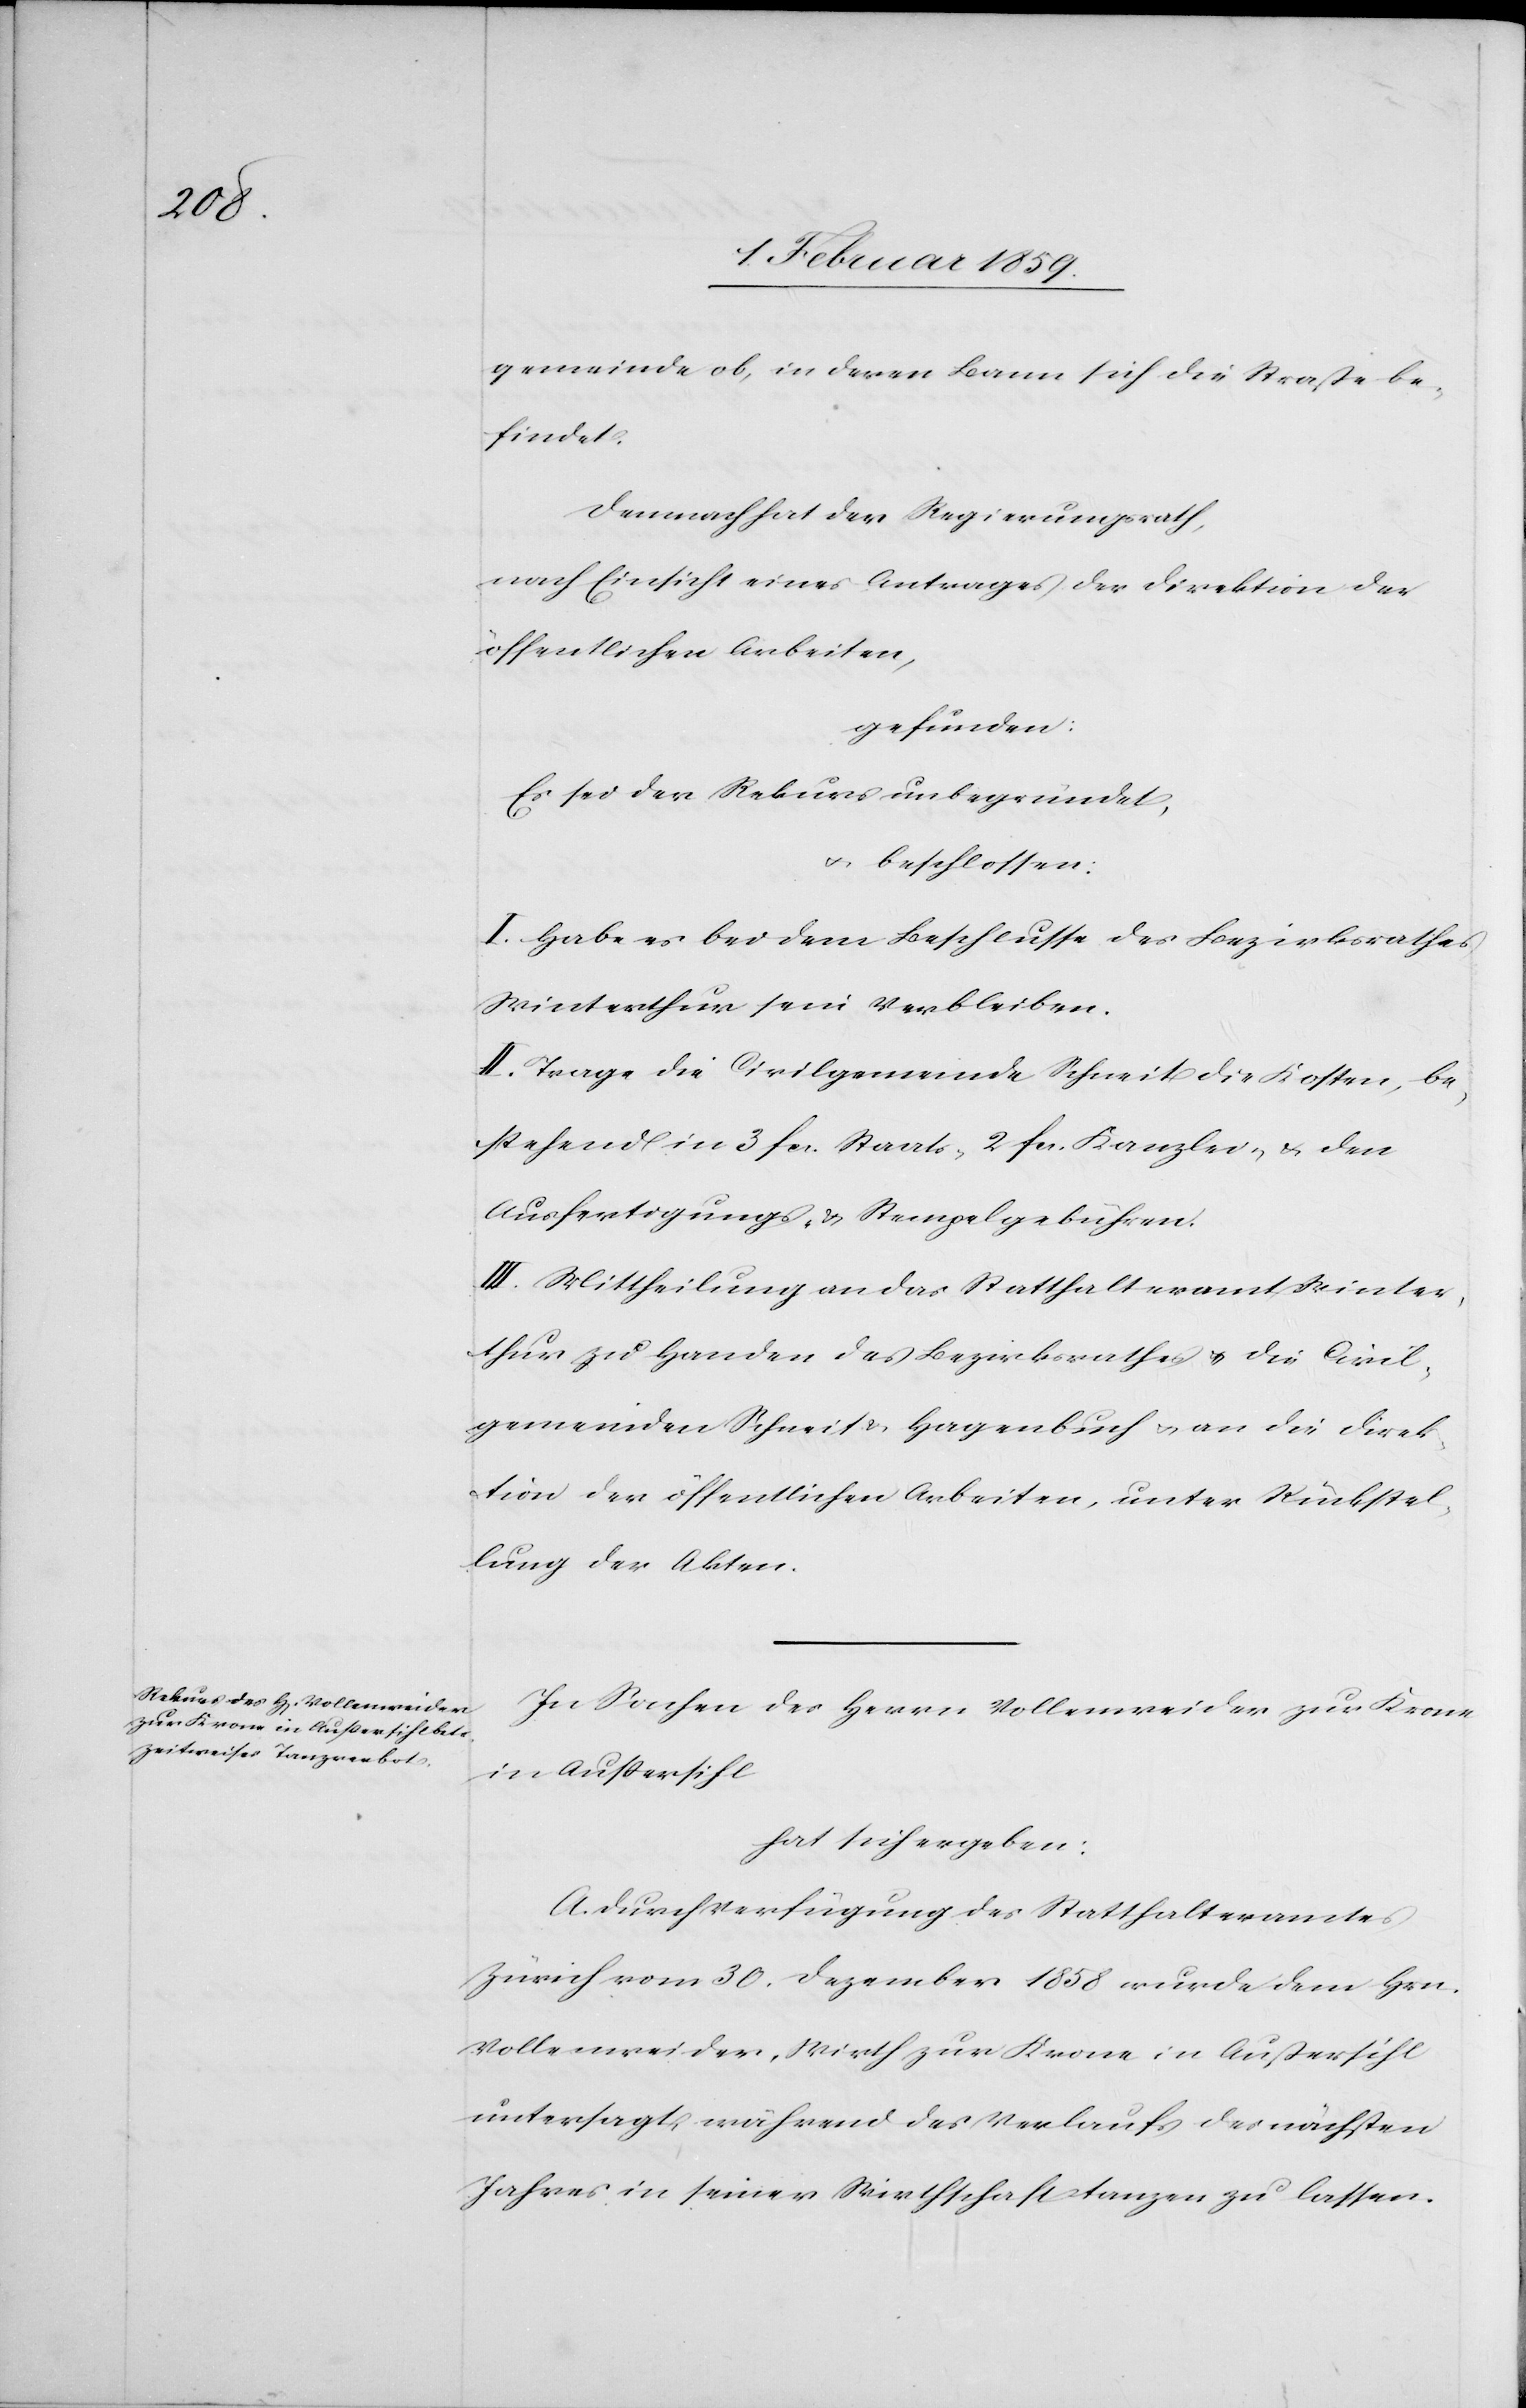
gemeinde ob, in deren Bann sich die Straße be¬
findet.
Demnach hat der Regierungsrath,
nach Einsicht eines Antrages der Direktion der
öffentlichen Arbeiten,
gefunden:
Es sei der Rekurs unbegründet,
u. beschlossen:
I. Habe es bei dem Beschlusse des Bezirksrathes
Winterthur sein Verbleiben.
II. Trage die Civilgemeinde Schneit die Kosten, be¬
stehend in 3 fcs. Staats-[,] 2 fcs. Kanzlei- u. den
Ausfertigungs- u. Stempelgebühren.
III. Mittheilung an das Statthalteramt Winter¬
thur zu Handen des Bezirksrathes u. die Civil¬
gemeinden Schneit & Hagenbuch u. an die Direk¬
tion der öffentlichen Arbeiten, unter Rückstel¬
lung der Akten.
In Sachen des Herrn Vollenweider zur Krone
in Außersihl
hat sich ergeben:
A. Durch Verfügung des Statthalteramtes
Zürich vom 30. Dezember 1858 wurde dem Hrn.
Vollenweider, Wirth zur Krone in Außersihl
untersagt, während des Verlaufs des nächsten
Jahres in seiner Wirthschaft tanzen zu lassen.